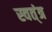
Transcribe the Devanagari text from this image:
स्वत्ंत्र